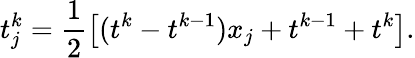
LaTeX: t_{j}^{k}=\frac{1}{2}\left[(t^{k}-t^{k-1})x_{j}+t^{k-1}+t^{k}\right].